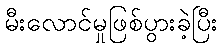
မီးလောင်မှုဖြစ်ပွားခဲ့ပြီး